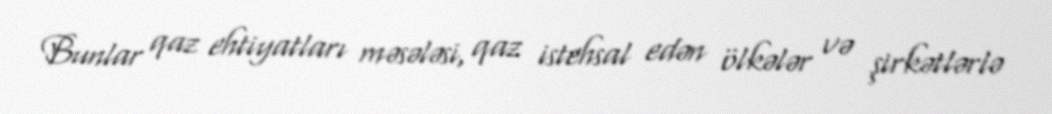
Bunlar qaz ehtiyatları məsələsi, qaz istehsal edən ölkələr və şirkətlərlə